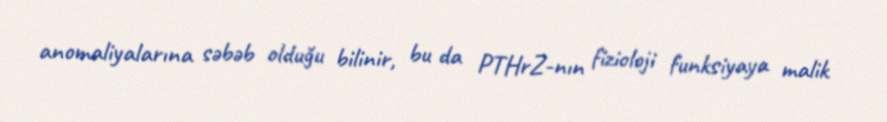
anomaliyalarına səbəb olduğu bilinir, bu da PTHrZ-nın fizioloji funksiyaya malik